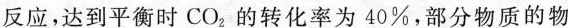
反应，达到平衡时CO_{2}的转化率为40\%，部分物质的物